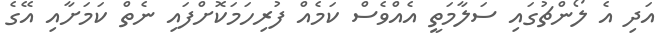
އަދި އެ ލޯންޗުގައި ސަލާމަތީ އެއްވެސް ކަމެއް ފުރިހަމަކޮށްފައި ނެތް ކަމަށާއި އޭގެ